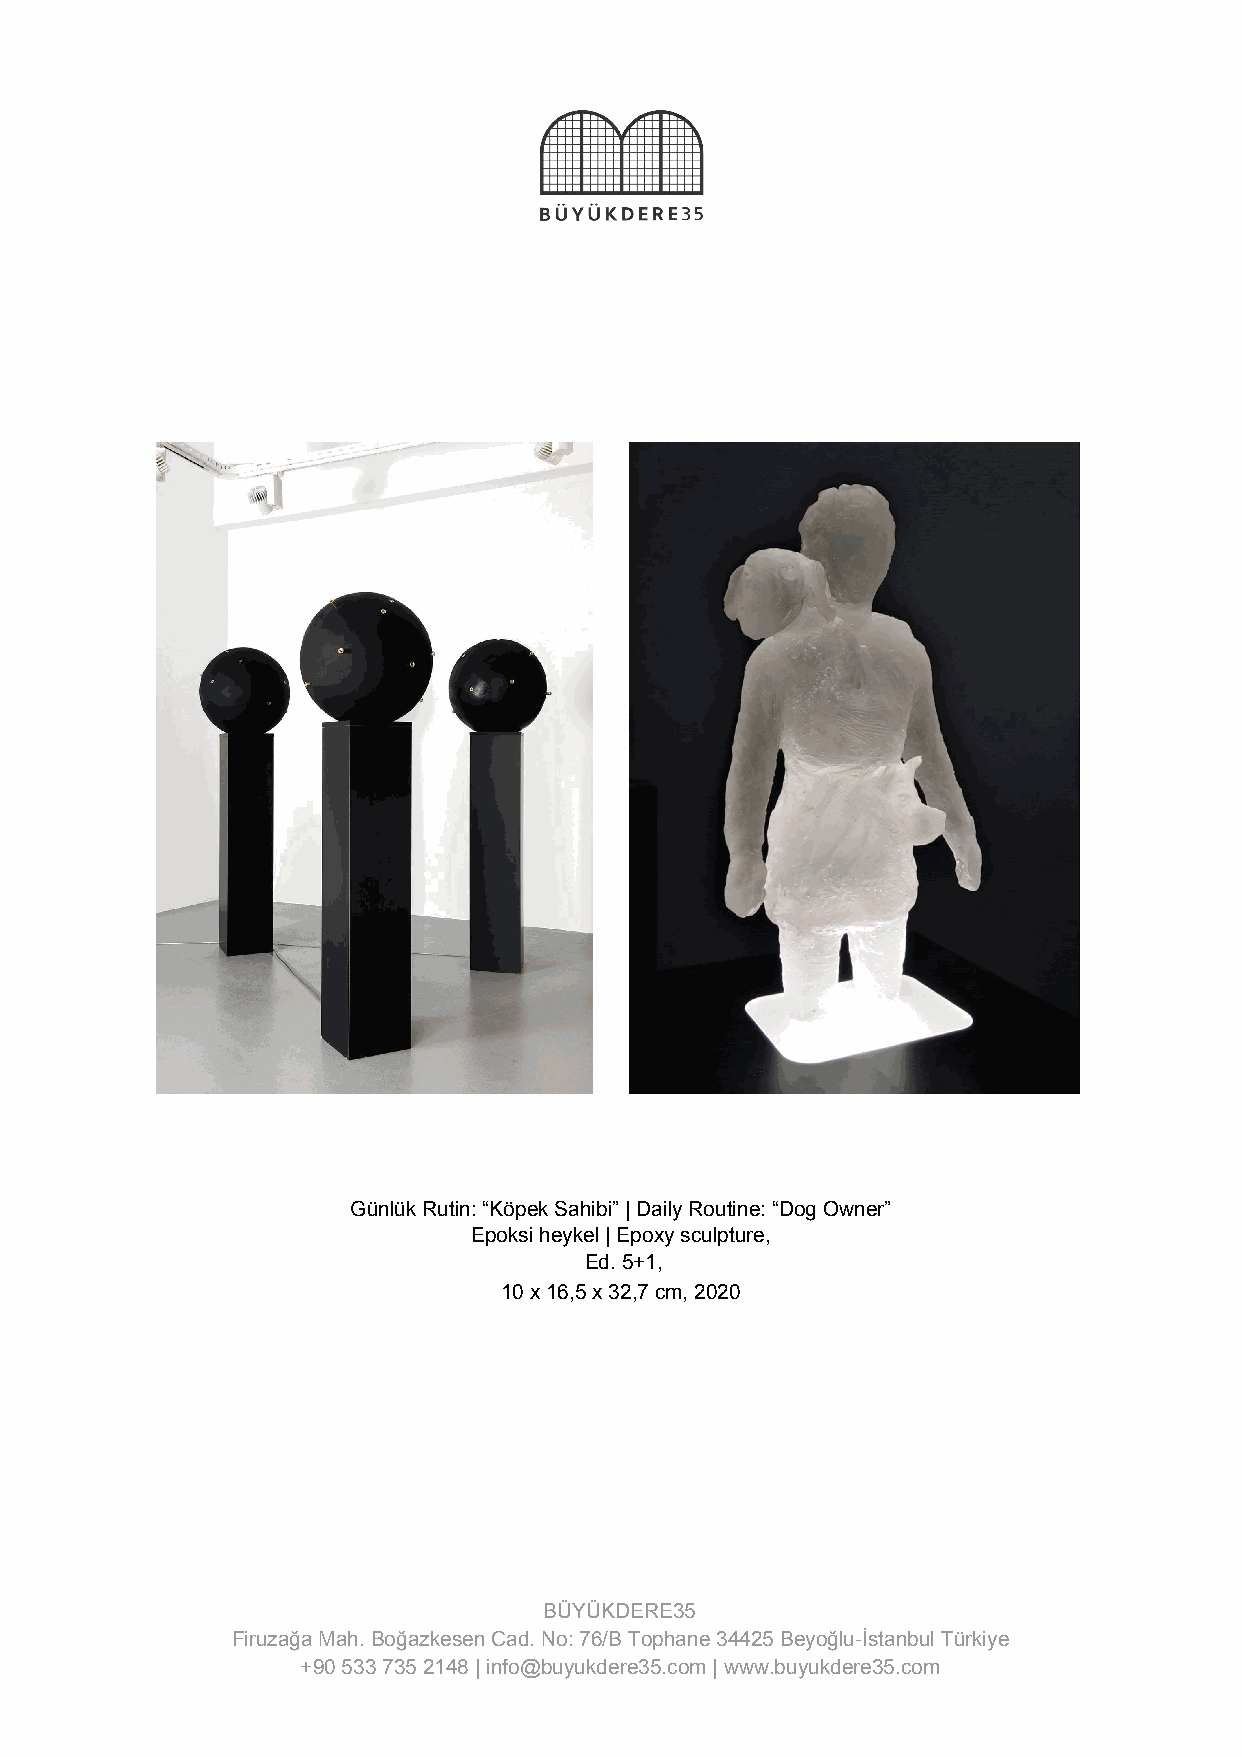
Günlük Rutin: “Köpek Sahibi” | Daily Routine: “Dog Owner”
 Epoksi heykel | Epoxy sculpture,
 Ed. 5+1,
 10 x 16,5 x 32,7 cm, 2020
 BÜYÜKDERE35
 Firuzağa Mah. Boğazkesen Cad. No: 76/B Tophane 34425 Beyoğlu-İstanbul Türkiye
 +90 533 735 2148 | info@buyukdere35.com | www.buyukdere35.com